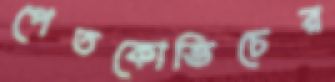
পেতকোভিচের